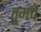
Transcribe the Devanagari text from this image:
तुमचें